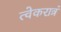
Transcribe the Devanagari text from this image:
त्वेकरात्रं